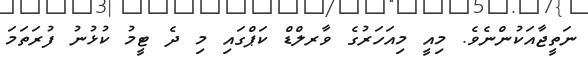
ނަތީޖާއަކުންނެވެ. މިއީ މިއަހަރުގެ ވާރލްޑް ކަޕްގައި މި ދެ ޓީމު ކުޅުނު ފުރަތަމަ